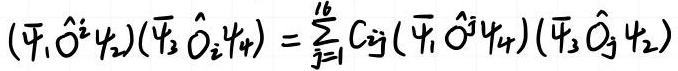
$(\bar{\psi}_1 \hat{O}^i \psi_2)(\bar{\psi}_3 \hat{O}_i \psi_4) = \sum_{j=1}^{16} C_{ij} (\bar{\psi}_1 \hat{O}^j \psi_4)(\bar{\psi}_3 \hat{O}_j \psi_2)$